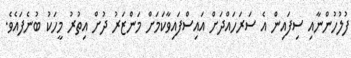
ފުލުހުންނާއި ސިފައިން އެ ސަރަހައްދަށް އައިސްފައިވާކަމަށް މަންޒަރު ދުށް އިތުރު މީހަކު ބުނެފައެވެ.